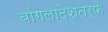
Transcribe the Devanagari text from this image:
बांगलादेशतर्फे